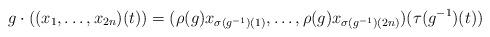
LaTeX: \begin{align*}g \cdot ( (x_1,\dots,x_{2n})(t)) = (\rho(g)x_{\sigma(g^{-1})(1)},\dots,\rho(g)x_{\sigma(g^{-1})(2n)})(\tau (g^{-1})(t))\end{align*}